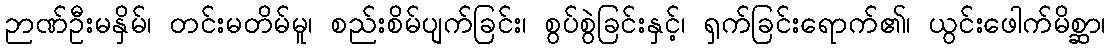
ဉာဏ်ဦးမနှိမ်၊ တင်းမတိမ်မူ၊ စည်းစိမ်ပျက်ခြင်း၊ စွပ်စွဲခြင်းနှင့်၊ ရှက်ခြင်းရောက်၏၊ ယွင်းဖေါက်မိစ္ဆာ၊